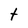
Character: t